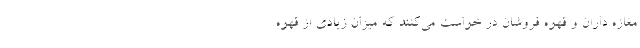
مغازه داران و قهوه فروشان در خواست می‌کنند که میزان زیادی از قهوه